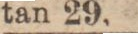
tan 29.